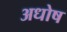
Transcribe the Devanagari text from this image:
अधोष